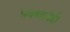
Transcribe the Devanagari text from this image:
प्रवणानेही